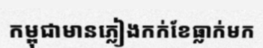
កម្ពុជាមានភ្លៀងកក់ខែធ្លាក់មក